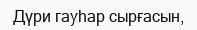
Дүри гауһар сырғасын,